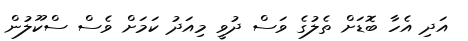
އަދި އެހާ ބޮޑަށް ތެލުގެ ވަސް ދުވީ މިއަދު ކަމަށް ވެސް ސްކޫލުން